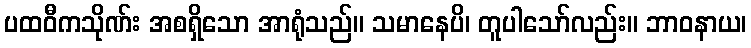
ပထဝီကသိုဏ်း အစရှိသော အာရုံသည်။ သမာနေပိ၊ တူပါသော်လည်း။ ဘာဝနာယ၊